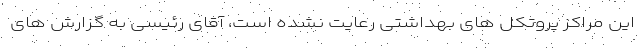
این مراکز پروتکل های بهداشتی رعایت نشده است، آقای رئیسی به گزارش های